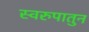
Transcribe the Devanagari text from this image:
स्वरुपातुन